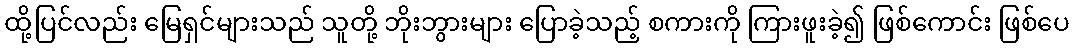
ထို့ပြင်လည်း မြေရှင်များသည် သူတို့ ဘိုးဘွားများ ပြောခဲ့သည့် စကားကို ကြားဖူးခဲ့၍ ဖြစ်ကောင်း ဖြစ်ပေ